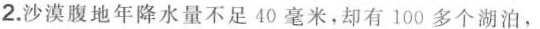
2.沙漠腹地年降水量不足40毫米，却有100多个湖泊，